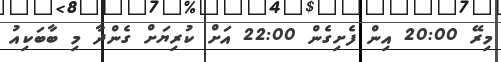
މިރޭ 20:00 އިން ފެށިގެން 22:00 އަށް ކުރިޔަށް ގެންދާ މި ބާބަކިއު